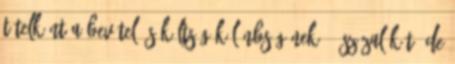
tételként a bevétel és költség különbségének 50 százalékát, de